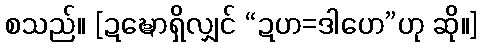
စသည်။ [ဍဍ္ဎောရှိလျှင် “ဍဟ=ဒါဟေ”ဟု ဆို။]